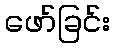
ဖော်ခြင်း